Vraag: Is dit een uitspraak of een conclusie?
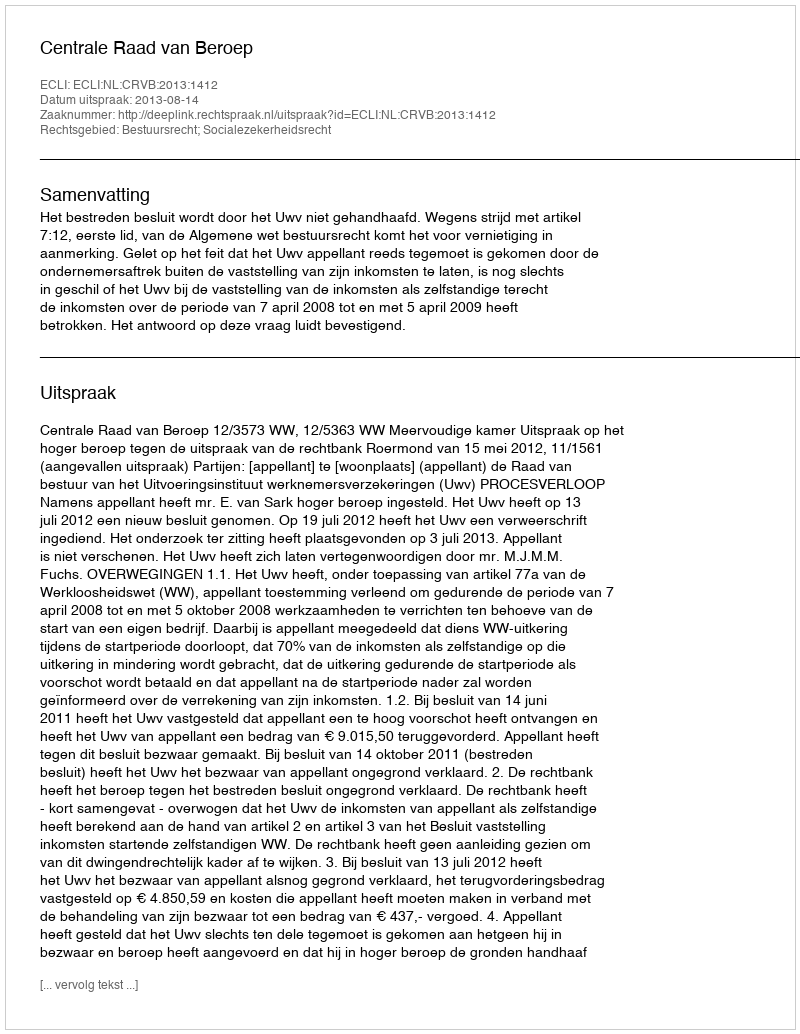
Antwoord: Uitspraak